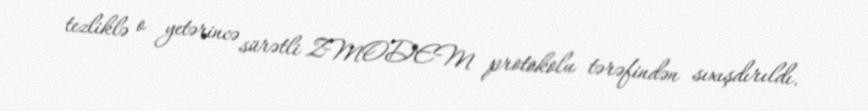
tezliklə o yetərincə sürətli ZMODEM protokolu tərəfindən sıxışdırıldı.